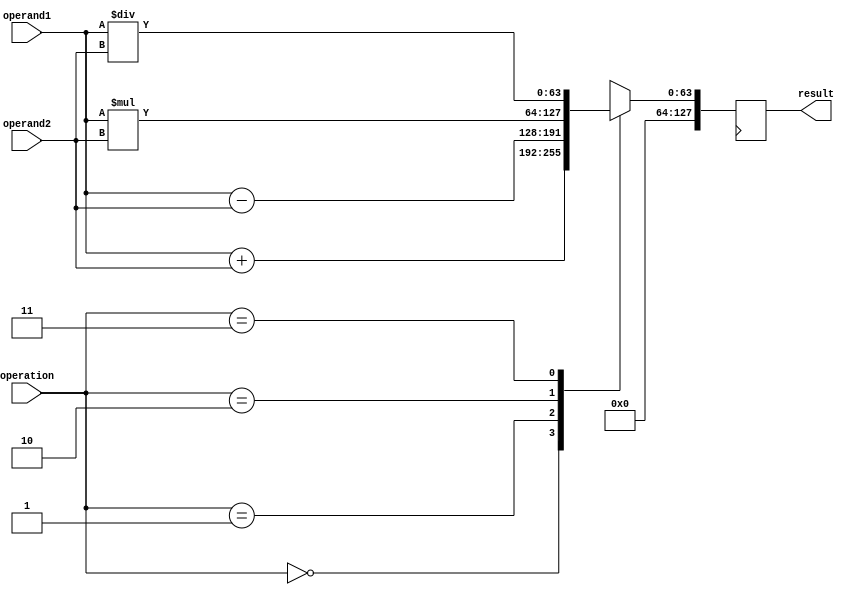
module TriplePrecisionFloatingPointUnit (
  input [63:0] operand1,
  input [63:0] operand2,
  input [1:0] operation,
  output reg [127:0] result
);

reg [63:0] result_tmp;

always @(*) begin
  case(operation)
    2'b00: result_tmp = operand1 + operand2; // Addition
    2'b01: result_tmp = operand1 - operand2; // Subtraction
    2'b10: result_tmp = operand1 * operand2; // Multiplication
    2'b11: result_tmp = operand1 / operand2; // Division
    default: result_tmp = 128'b0;
  endcase
end

always @(posedge clk) begin
  result <= result_tmp;
end

endmodule